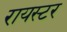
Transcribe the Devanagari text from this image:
रायस्टर